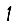
Digit: 1